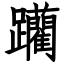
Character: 躪